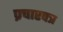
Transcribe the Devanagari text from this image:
प्रचारपत्र